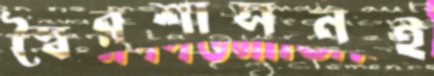
স্বৈরশাসনই